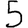
Digit: 5